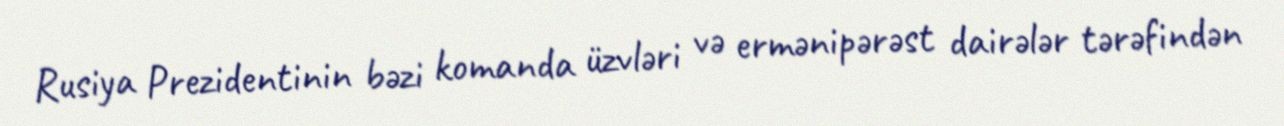
Rusiya Prezidentinin bəzi komanda üzvləri və ermənipərəst dairələr tərəfindən